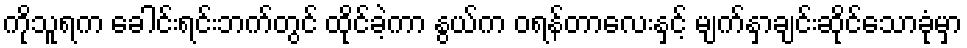
ကိုသူရက ခေါင်းရင်းဘက်တွင် ထိုင်ခဲ့ကာ နွယ်က ဝရန်တာလေးနှင့် မျက်နှာချင်းဆိုင်သောခုံမှာ